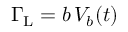
\Gamma _ { \mathrm { L } } = b \, V _ { b } ( t )